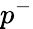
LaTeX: p^{-}